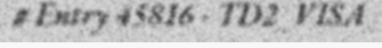
# Entry 45816 - TD2_VISA